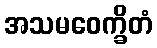
အသမဝေက္ခိတံ